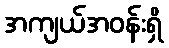
အကျယ်အဝန်းရှိ